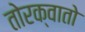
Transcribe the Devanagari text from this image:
तोरक्वातो